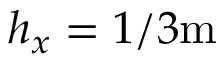
h _ { x } = 1 / 3 \mathrm { m }